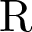
\mathrm { R }